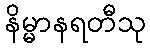
နိမ္မာနရတီသု